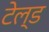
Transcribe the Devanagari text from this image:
टेल्ड